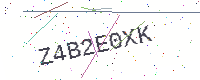
Text: Z4B2E0XK